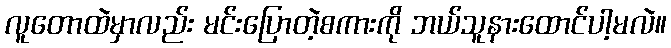
လူတောထဲမှာလည်း မင်းပြောတဲ့စကားကို ဘယ်သူနားထောင်ပါ့မလဲ။